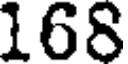
166